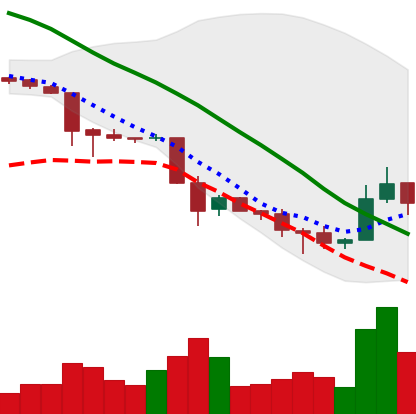
Ticker: TRX-USD
Chart end date: 2018-11-30
Forward return: -3.044%
Label: down_3_5